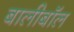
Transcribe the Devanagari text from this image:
बालीबॉल